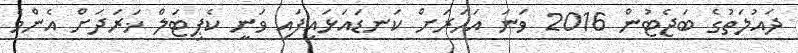
ދައުލަތުގެ ބަޖެޓުން 2016 ވަނަ އަހަރަށް ކަނޑައަޅައިފައި ވަނީ ކެޕިޓަލް ޚަރަދަށް އެންމެ